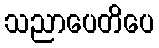
သညာပေတိပေ